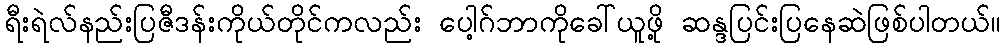
ရီးရဲလ်နည်းပြဇီဒန်းကိုယ်တိုင်ကလည်း ပေါ့ဂ်ဘာကိုခေါ်ယူဖို့ ဆန္ဒပြင်းပြနေဆဲဖြစ်ပါတယ်။